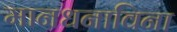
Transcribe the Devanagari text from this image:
मानधनाविना